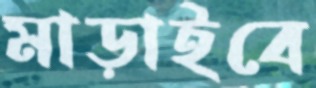
মাড়াইবে